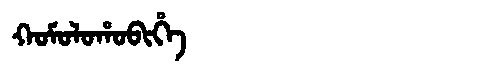
Manchu: ᡴᠣᠮᠣᠯᠣᡥᠣᠪᡳᡥᡝ
Romanization: KOMOLOHOBIHE